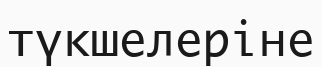
түкшелеріне